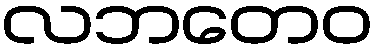
လဘတေဝ